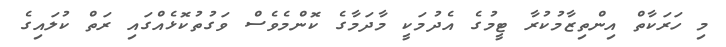
މި ހަރަކާތް އިންތިޒާމުކުރާ ޓީމުގެ އެދުމަކީ މާދަމާގެ ކޮންމެވެސް ވަގުތުކޮޅެއްގައި ރަތް ކުލައިގެ